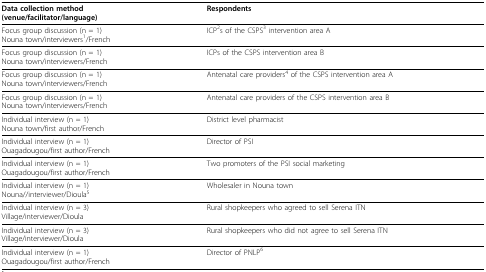
<table><thead><tr><td><b>Data collection method(venue/facilitator/language)</b></td><td><b>Respondents</b></td></tr></thead><tbody><tr><td>Focus group discussion (n = 1)Nouna town/interviewers<sup>1</sup>/French</td><td>ICP<sup>2</sup>s of the CSPS<sup>3 </sup>intervention area A</td></tr><tr><td>Focus group discussion (n = 1)Nouna town/interviewers/French</td><td>ICPs of the CSPS intervention area B</td></tr><tr><td>Focus group discussion (n = 1)Nouna town/interviewers/French</td><td>Antenatal care providers<sup>4 </sup>of the CSPS intervention area A</td></tr><tr><td>Focus group discussion (n = 1)Nouna town/interviewers/French</td><td>Antenatal care providers of the CSPS intervention area B</td></tr><tr><td>Individual interview (n = 1)Nouna town/first author/French</td><td>District level pharmacist</td></tr><tr><td>Individual interview (n = 1)Ouagadougou/first author/French</td><td>Director of PSI</td></tr><tr><td>Individual interview (n = 1)Ouagadougou/first author/French</td><td>Two promoters of the PSI social marketing</td></tr><tr><td>Individual interview (n = 1)Nouna//interviewer/Dioula<sup>5</sup></td><td>Wholesaler in Nouna town</td></tr><tr><td>Individual interview (n = 3)Village/interviewer/Dioula</td><td>Rural shopkeepers who agreed to sell Serena ITN</td></tr><tr><td>Individual interview (n = 3)Village/interviewer/Dioula</td><td>Rural shopkeepers who did not agree to sell Serena ITN</td></tr><tr><td>Individual interview (n = 1)Ouagadougou/first author/French</td><td>Director of PNLP<sup>6</sup></td></tr></tbody></table>